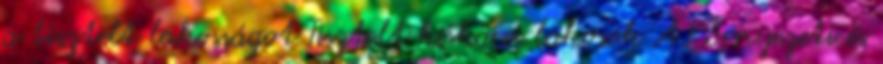
a tisztelt lakosságot Tisztelt kiskörei lakosok A Környezeti és